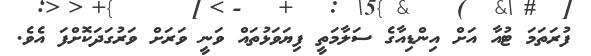
ފުރަތަމަ ޓުއާ އަށް އިންޑިއާގެ ސަލާމަތީ ފިޔަވަޅުތައް ވަނީ ވަރަށް ވަރުގަދަކޮށްފަ އެވެ.